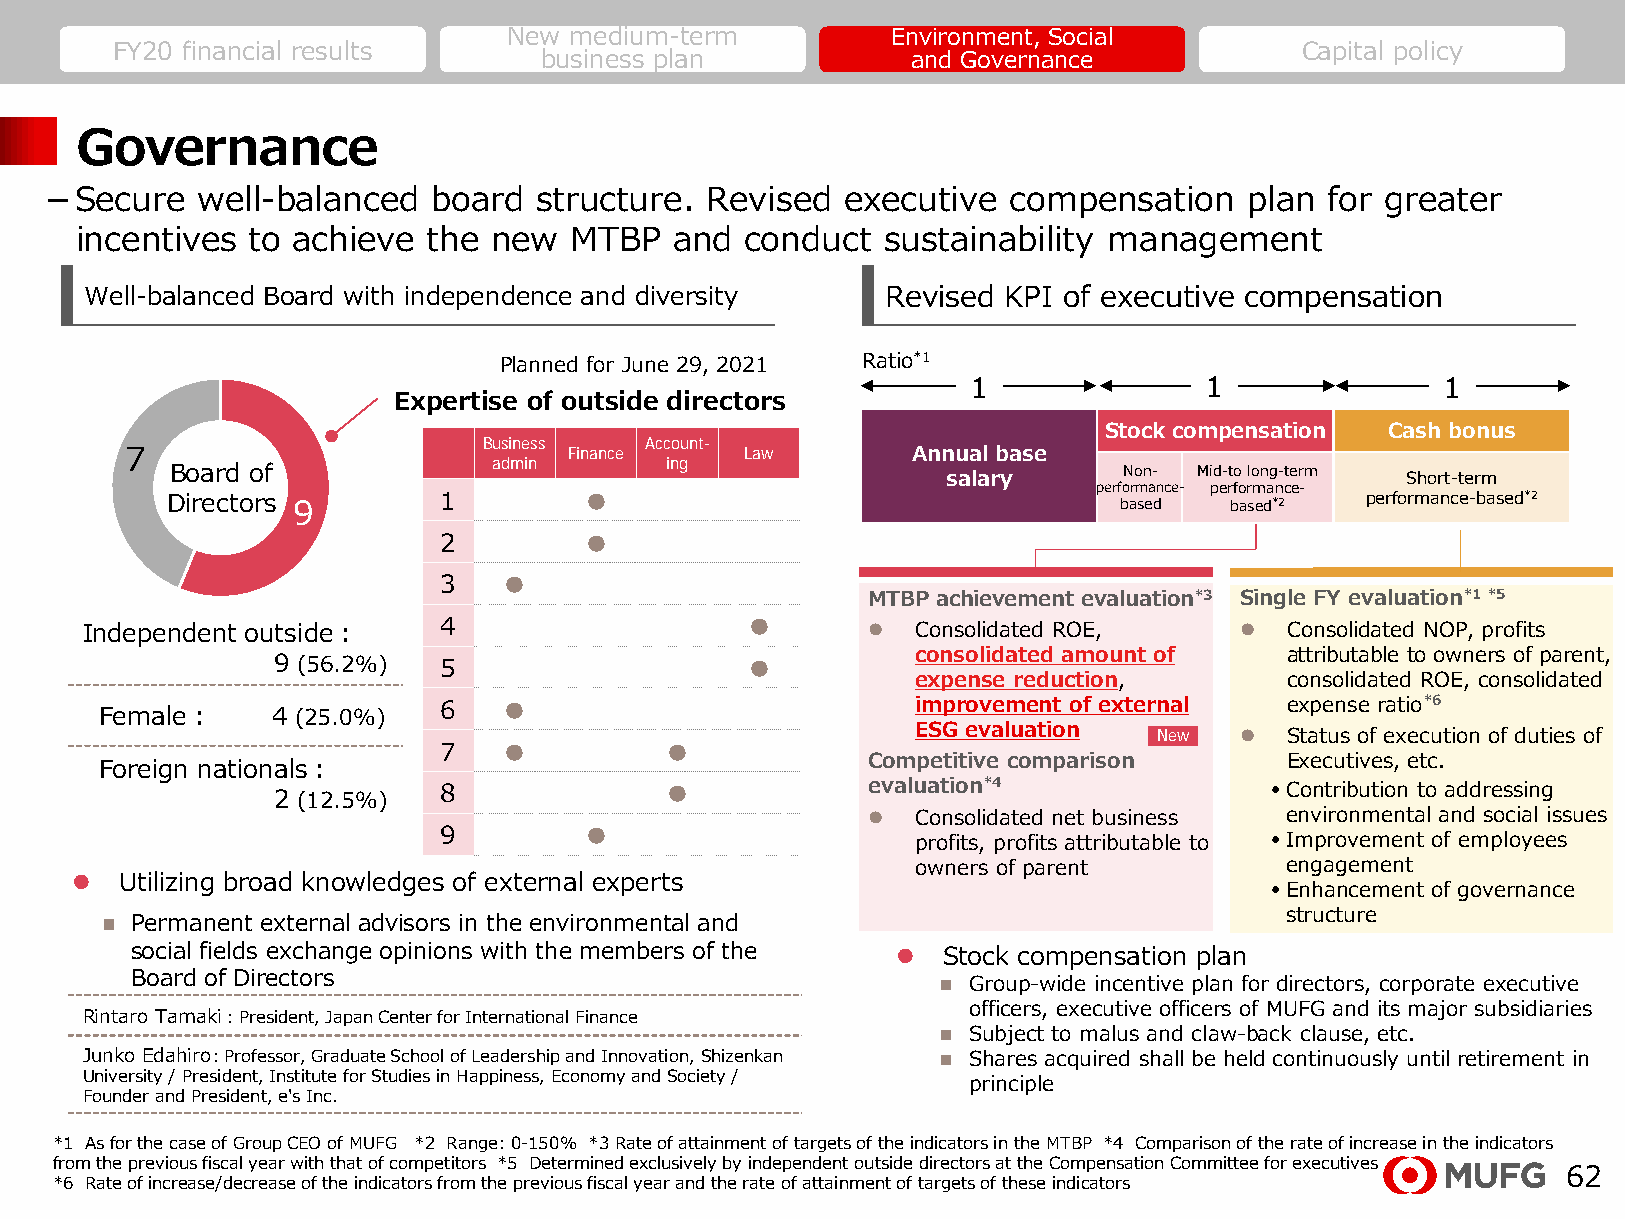
New medium-term          Environment, Social
 FY20 financial results                                                         Capital policy
 business plan           and Governance
 Governance
 －Secure   well-balanced   board  structure. Revised  executive  compensation    plan for greater
 incentives to achieve  the  new  MTBP   and conduct   sustainability management
 Well-balanced Board with independence and diversity  Revised KPI of executive compensation
 Planned for June 29, 2021 Ratio*1
 1               1               1
 Expertise of outside directors
 Stock compensation Cash bonus
 Business   Account-
 7                             Finance    Law        Annual base
 admin      ing
 Board of                                                       Non- Mid-to long-term
 salary                        Short-term
 performance- performance-
 Directors 9       1         ●                                  based  based*2  performance-based*2
 2         ●
 3   ●
 MTBP achievement evaluation*3 Single FY evaluation*1*5
 Independent outside：    4                   ●          Consolidated ROE,      Consolidated NOP, profits
 consolidated amount of  attributable to owners of parent,
 9 (56.2%)  5                   ●
 expense reduction,      consolidated ROE, consolidated
 6   ●                           improvement of external expense ratio*6
 Female：    4 (25.0%)
 ESG evaluation  New    Status of execution of duties of
 7   ●          ●
 Competitive comparison      Executives, etc.
 Foreign nationals：
 2 (12.5%)  8              ●            evaluation*4               • Contribution to addressing
    Consolidated net business environmental and social issues
 9         ●                     profits, profits attributable to • Improvement of employees
 owners of parent        engagement
   Utilizing broad knowledges of external experts                              • Enhancement of governance
 structure
  Permanent external advisors in the environmental and
 social fields exchange opinions with the members of the  Stock compensation plan
 Board of Directors                                    Group-wide incentive plan for directors, corporate executive
 officers, executive officers of MUFG and its major subsidiaries
 Rintaro Tamaki：President, Japan Center for International Finance
  Subject to malus and claw-back clause, etc.
 Junko Edahiro: Professor, Graduate School of Leadership and Innovation, Shizenkan  Shares acquired shall be held continuously until retirement in
 University / President, Institute for Studies in Happiness, Economy and Society /
 principle
 Founder and President, e's Inc.
 *1 As for the case of Group CEO of MUFG *2 Range: 0-150% *3Rate of attainment of targets of the indicators in the MTBP *4 Comparison of the rate of increase in the indicators
 from the previous fiscal year with that of competitors *5 Determined exclusively by independent outside directors at the Compensation Committee for executives
 62
 *6 Rate of increase/decrease of the indicators from the previous fiscal year and the rate of attainment of targets of these indicators